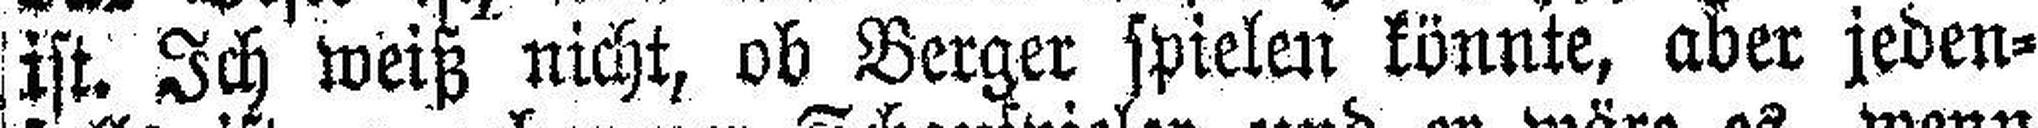
ist. Ich weiß nicht, ob Berger spielen könnte, aber jeden¬